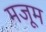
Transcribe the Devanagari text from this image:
मजूम